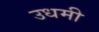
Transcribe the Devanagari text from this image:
उधमी